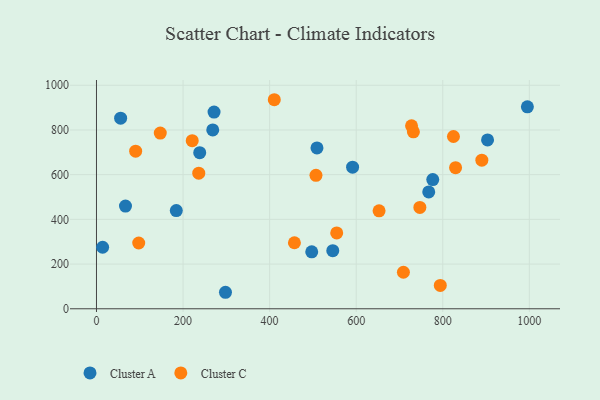
{"axis": {"x": "Engine Size", "y": "Profit"}, "legend": ["Cluster A", "Cluster C"], "data": [{"x": "67.0", "y": 459.3, "type": "Cluster A"}, {"x": "271.6", "y": 880.1, "type": "Cluster A"}, {"x": "995.5", "y": 903.6, "type": "Cluster A"}, {"x": "591.7", "y": 633.6, "type": "Cluster A"}, {"x": "545.9", "y": 260.1, "type": "Cluster A"}, {"x": "497.3", "y": 255.0, "type": "Cluster A"}, {"x": "903.5", "y": 755.5, "type": "Cluster A"}, {"x": "776.9", "y": 577.9, "type": "Cluster A"}, {"x": "298.0", "y": 73.8, "type": "Cluster A"}, {"x": "184.4", "y": 439.5, "type": "Cluster A"}, {"x": "14.2", "y": 275.3, "type": "Cluster A"}, {"x": "268.6", "y": 800.1, "type": "Cluster A"}, {"x": "55.8", "y": 852.9, "type": "Cluster A"}, {"x": "509.4", "y": 719.6, "type": "Cluster A"}, {"x": "238.5", "y": 698.3, "type": "Cluster A"}, {"x": "767.6", "y": 522.6, "type": "Cluster A"}, {"x": "97.6", "y": 294.2, "type": "Cluster C"}, {"x": "732.2", "y": 791.9, "type": "Cluster C"}, {"x": "824.7", "y": 770.8, "type": "Cluster C"}, {"x": "555.0", "y": 339.4, "type": "Cluster C"}, {"x": "90.5", "y": 705.2, "type": "Cluster C"}, {"x": "652.9", "y": 438.2, "type": "Cluster C"}, {"x": "147.4", "y": 786.2, "type": "Cluster C"}, {"x": "709.1", "y": 163.4, "type": "Cluster C"}, {"x": "829.6", "y": 631.4, "type": "Cluster C"}, {"x": "457.3", "y": 295.3, "type": "Cluster C"}, {"x": "747.1", "y": 453.3, "type": "Cluster C"}, {"x": "890.3", "y": 664.9, "type": "Cluster C"}, {"x": "236.3", "y": 606.6, "type": "Cluster C"}, {"x": "727.9", "y": 818.5, "type": "Cluster C"}, {"x": "794.3", "y": 104.5, "type": "Cluster C"}, {"x": "221.2", "y": 752.3, "type": "Cluster C"}, {"x": "410.8", "y": 935.3, "type": "Cluster C"}, {"x": "507.1", "y": 597.1, "type": "Cluster C"}]}